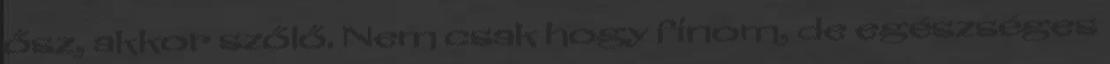
ősz, akkor szőlő. Nem csak hogy finom, de egészséges